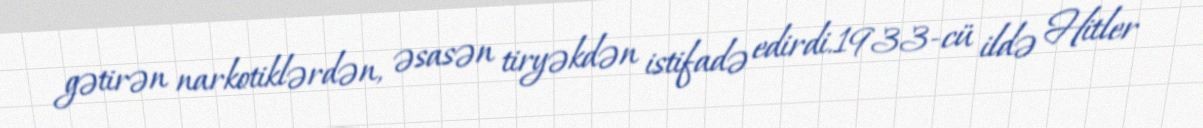
gətirən narkotiklərdən, əsasən tiryəkdən istifadə edirdi.1933-cü ildə Hitler